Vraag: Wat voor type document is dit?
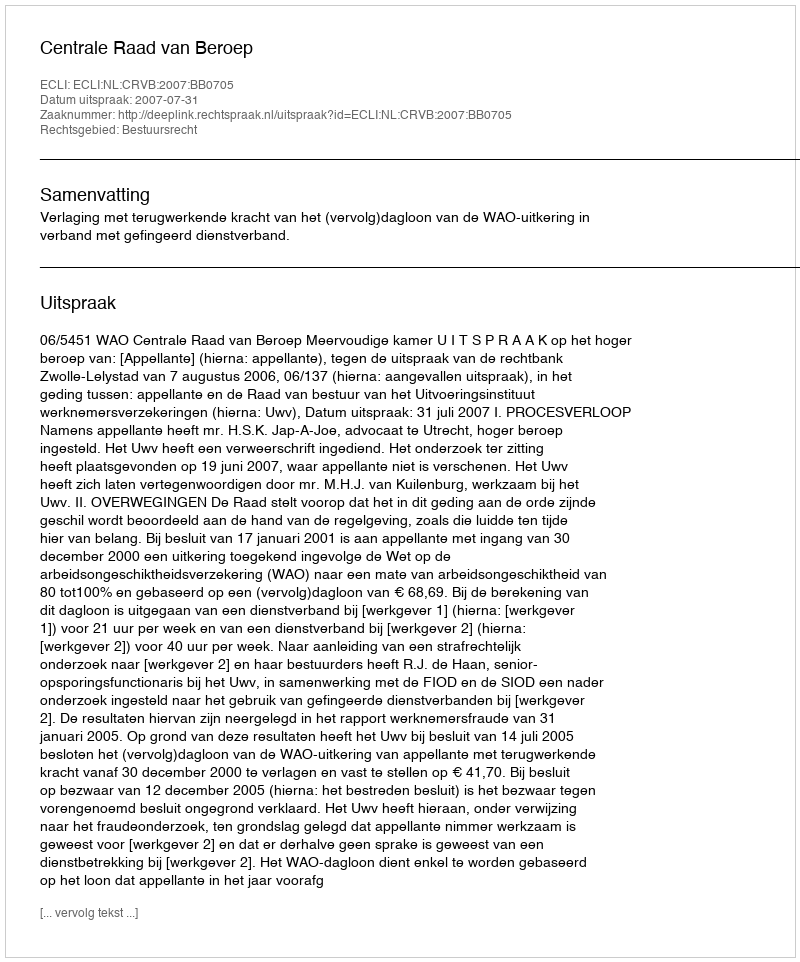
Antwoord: Uitspraak